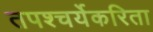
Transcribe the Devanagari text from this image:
तपश्चर्येकरिता